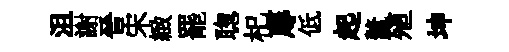
沮謝晉宋緻罷聦𣏌蓐低起鼇殖坤